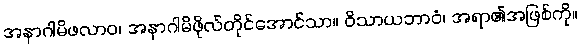
အနာဂါမိဖလာဝ၊ အနာဂါမိဖိုလ်တိုင်အောင်သာ။ ဝိသာယဘာဝံ၊ အရာ၏အဖြစ်ကို။